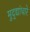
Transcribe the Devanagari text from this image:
मुद्द्यांधारे